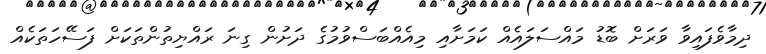
ދިމާވެފައިވާ ވަރަށް ބޮޑު މައްސަލައެއް ކަމަށާއި މިއެއްބަސްވުމުގެ ދަށުން ގިނަ ރައްޔިތުންތަކަށް ފަސޭހަތަކެއް